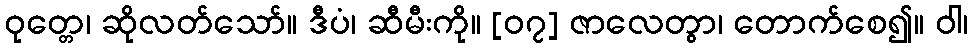
ဝုတ္တေ၊ ဆိုလတ်သော်။ ဒီပံ၊ ဆီမီးကို။ [၀၇] ဇာလေတွာ၊ တောက်စေ၍။ ဝါ၊